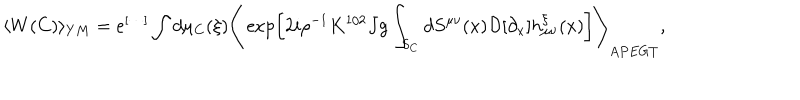
\langle W ( C ) \rangle _ { Y M } = e ^ { [ \cdots ] } \int d \mu _ { C } ( \xi ) \Biggr \langle \exp \left[ 2 i \rho ^ { - 1 } K ^ { 1 / 2 } J g \int _ { S _ { C } } d S ^ { \mu \nu } ( x ) { \cal D } [ \partial _ { x } ] h _ { \mu \nu } ^ { \xi } ( x ) \right] \Biggr \rangle _ { A P E G T } ,